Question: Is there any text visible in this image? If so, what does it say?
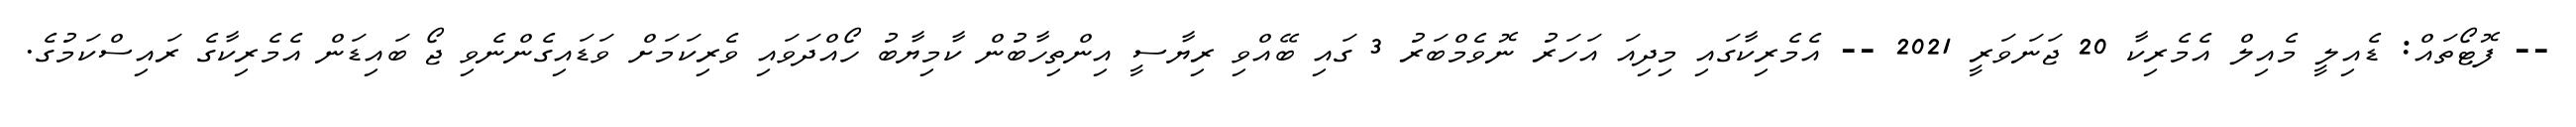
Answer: -- ފޮޓޯތައް: ޑެއިލީ މެއިލް އެމެރިކާ 20 ޖަނަވަރީ 2021 -- އެމެރިކާގައި މިދިއަ އަހަރު ނޮވެމްބަރު 3 ގައި ބޭއްވި ރިޔާސީ އިންތިހާބުން ކާމިޔާބު ހޯއްދަވައި ވެރިކަމަށް ވަޑައިގެންނެވި ޖޯ ބައިޑަން އެމެރިކާގެ ރައިސްކަމުގެ.